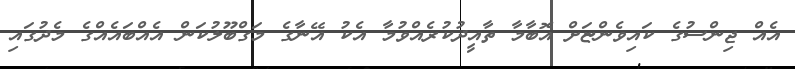
އެއް ޖިންސުގެ ކައިވެންޏަށް އޮބާމާ ތާއީދުކުރެއްވުމާ އެކު އޭނާގެ މަގްބޫލުކަން އެއްބައެއްގެ މެދުގައި